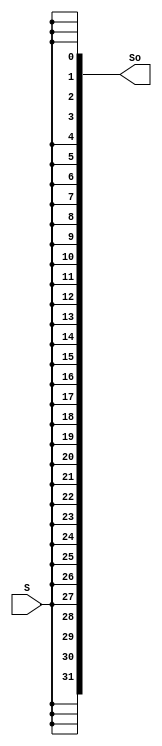
`timescale 1ns / 1ps
//////////////////////////////////////////////////////////////////////////////////
// Company: 
// Engineer: 
// 
// Design Name: 
// Module Name:    SignalExt_32 
// Project Name: 
// Target Devices: 
// Tool versions: 
// Description: 
//
// Dependencies: 
//
// Revision: 
// Revision 0.01 - File Created
// Additional Comments: 
//
//////////////////////////////////////////////////////////////////////////////////
module SignalExt_32(input S,
						  output [31:0]So
						  );
	assign So = {32{S}};			//1 bit to 32 bits
endmodule